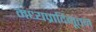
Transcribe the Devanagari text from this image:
मध्यप्रादिनूतन